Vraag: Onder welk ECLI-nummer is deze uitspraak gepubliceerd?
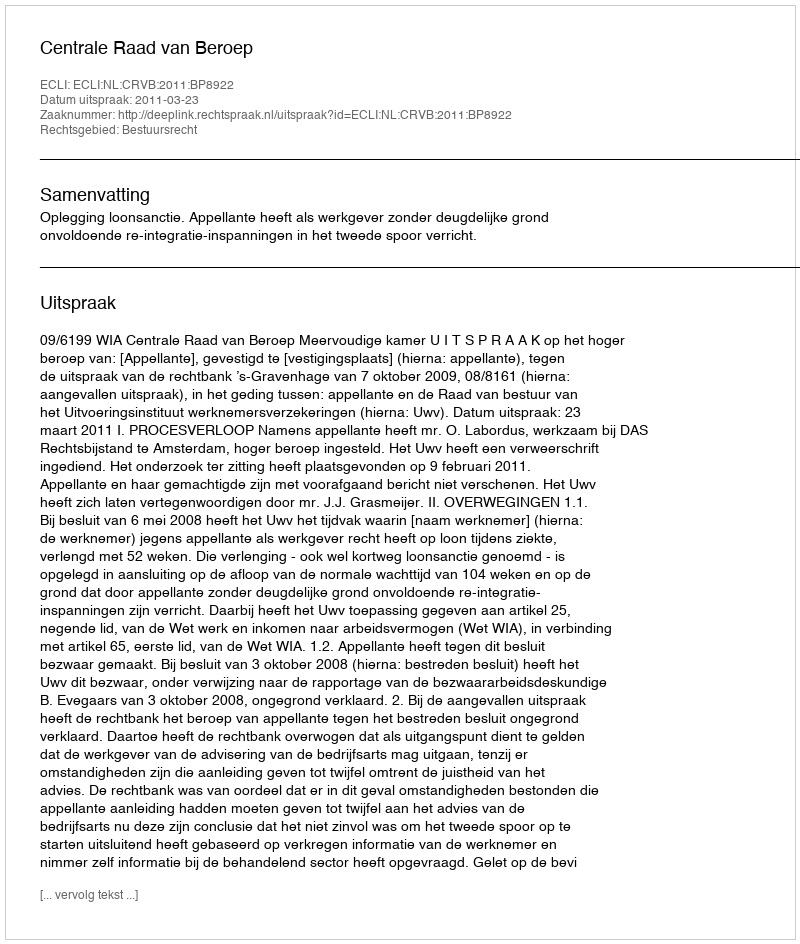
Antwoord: ECLI:NL:CRVB:2011:BP8922